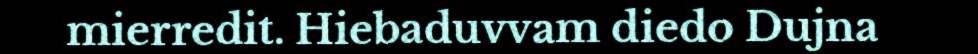
mierredit. Hiebaduvvam diedo Dujna